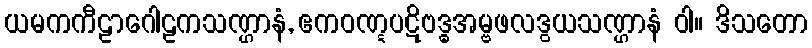
ယမကကီဠာဂေါဠကသဏ္ဌာနံ, ဧကဝဏ္ဋပဋိဗဒ္ဓအမ္ဗဖလဒွယသဏ္ဌာနံ ဝါ။ ဒိသတော